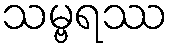
သမ္ဗရဿ